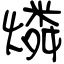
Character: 燐